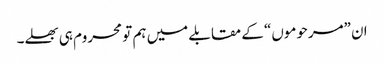
ان ”مرحوموں“ کے مقابلے میں ہم تو محروم ہی بھلے۔